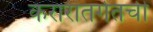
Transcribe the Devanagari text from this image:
करारांतर्गतची